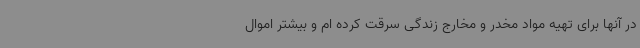
در آنها برای تهیه مواد مخدر و مخارج زندگی سرقت کرده ام و بیشتر اموال